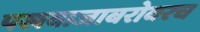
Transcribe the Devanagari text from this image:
पखवाजाबरोबरच